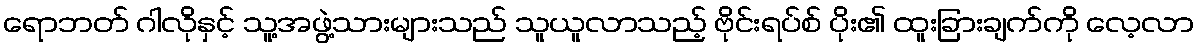
ရောဘတ် ဂါလိုနှင့် သူ့အဖွဲ့သားများသည် သူယူလာသည့် ဗိုင်းရပ်စ် ပိုး၏ ထူးခြားချက်ကို လေ့လာ